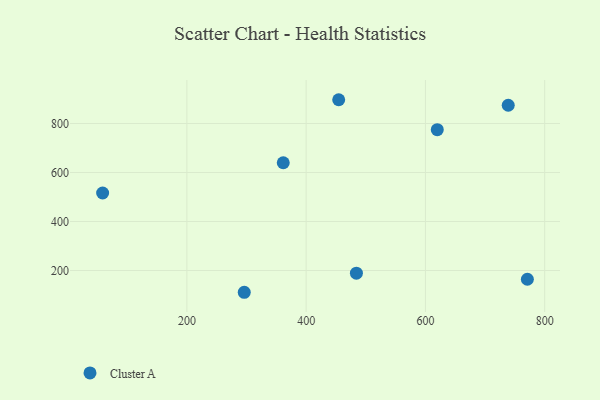
{"axis": {"x": "Experience", "y": "Profit"}, "legend": ["Cluster A"], "data": [{"x": "484.3", "y": 189.1, "type": "Cluster A"}, {"x": "771.0", "y": 164.2, "type": "Cluster A"}, {"x": "296.2", "y": 111.1, "type": "Cluster A"}, {"x": "58.7", "y": 516.4, "type": "Cluster A"}, {"x": "454.6", "y": 897.2, "type": "Cluster A"}, {"x": "619.9", "y": 774.9, "type": "Cluster A"}, {"x": "738.9", "y": 874.6, "type": "Cluster A"}, {"x": "361.6", "y": 639.9, "type": "Cluster A"}]}